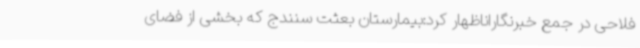
فلاحی در جمع خبرنگاراناظهار کرد:بیمارستان‌ بعثت سنندج که بخشی از فضای